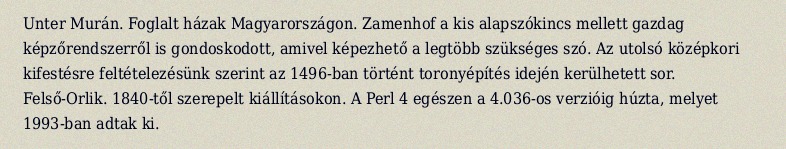
Unter Murán. Foglalt házak Magyarországon. Zamenhof a kis alapszókincs mellett gazdag képzőrendszerről is gondoskodott, amivel képezhető a legtöbb szükséges szó. Az utolsó középkori kifestésre feltételezésünk szerint az 1496-ban történt toronyépítés idején kerülhetett sor. Felső-Orlik. 1840-től szerepelt kiállításokon. A Perl 4 egészen a 4.036-os verzióig húzta, melyet 1993-ban adtak ki.